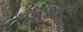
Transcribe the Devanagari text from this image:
भृशुंडीमुनी